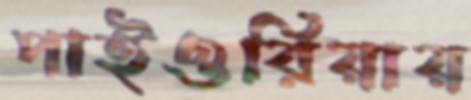
পাইওরিয়ায়